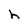
Character: h